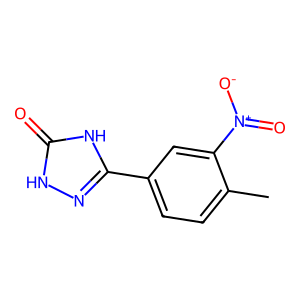
SMILES: Cc1ccc(-c2n[nH]c(=O)[nH]2)cc1[N+](=O)[O-]
Inhibits HIV replication: No